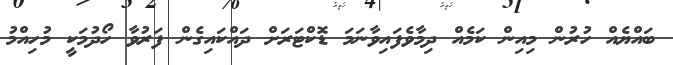
ބައްޔެއް ހުރުން މިއިން ކަމެއް ދިމާވެފައިވާނަމަ ޑޮކްޓަރަށް ދައްކައިގެން ފަރުވާ ހޯދުމަކީ މުހިއްމު